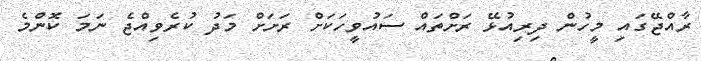
ރާއްޖޭގައި މީހުން ދިރިއުޅޭ ރަށްތައް ސައުވީހަކަށް ރަށަށް މަދު ކުރެވިއްޖެ ނަމަ ކޮންމެ